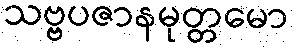
သဗ္ဗပဇာနမုတ္တမော